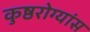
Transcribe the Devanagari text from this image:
कुष्ठरोग्यांस